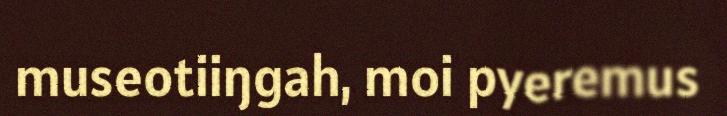
museotiiŋgah, moi pyeremus